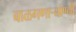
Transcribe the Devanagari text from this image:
बाळगणार्‍याण्नी